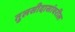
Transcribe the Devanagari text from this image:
तुलसीदासांवरील